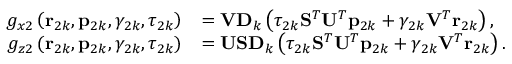
\begin{array} { r l } { g _ { x 2 } \left( \mathbf { r } _ { 2 k } , \mathbf { p } _ { 2 k } , \gamma _ { 2 k } , \tau _ { 2 k } \right) } & { = \mathbf { V } \mathbf { D } _ { k } \left( \tau _ { 2 k } \mathbf { S } ^ { T } \mathbf { U } ^ { T } \mathbf { p } _ { 2 k } + \gamma _ { 2 k } \mathbf { V } ^ { T } \mathbf { r } _ { 2 k } \right) , } \\ { g _ { z 2 } \left( \mathbf { r } _ { 2 k } , \mathbf { p } _ { 2 k } , \gamma _ { 2 k } , \tau _ { 2 k } \right) } & { = \mathbf { U } \mathbf { S } \mathbf { D } _ { k } \left( \tau _ { 2 k } \mathbf { S } ^ { T } \mathbf { U } ^ { T } \mathbf { p } _ { 2 k } + \gamma _ { 2 k } \mathbf { V } ^ { T } \mathbf { r } _ { 2 k } \right) . } \end{array}